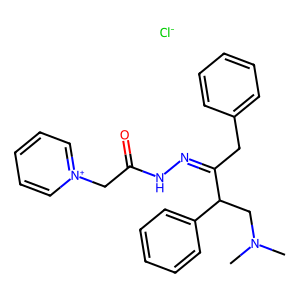
SMILES: CN(C)CC(C(Cc1ccccc1)=NNC(=O)C[n+]1ccccc1)c1ccccc1.[Cl-]
Inhibits HIV replication: No